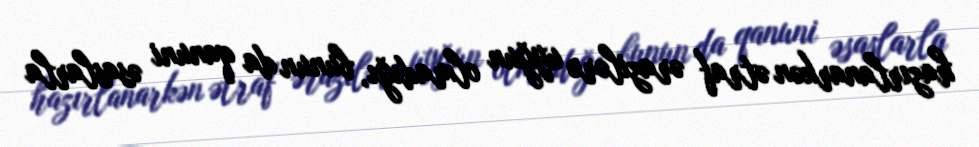
hazırlanarkən ətraf ərazilərə uyğun olmadığı, bunun da qanuni əsaslarla